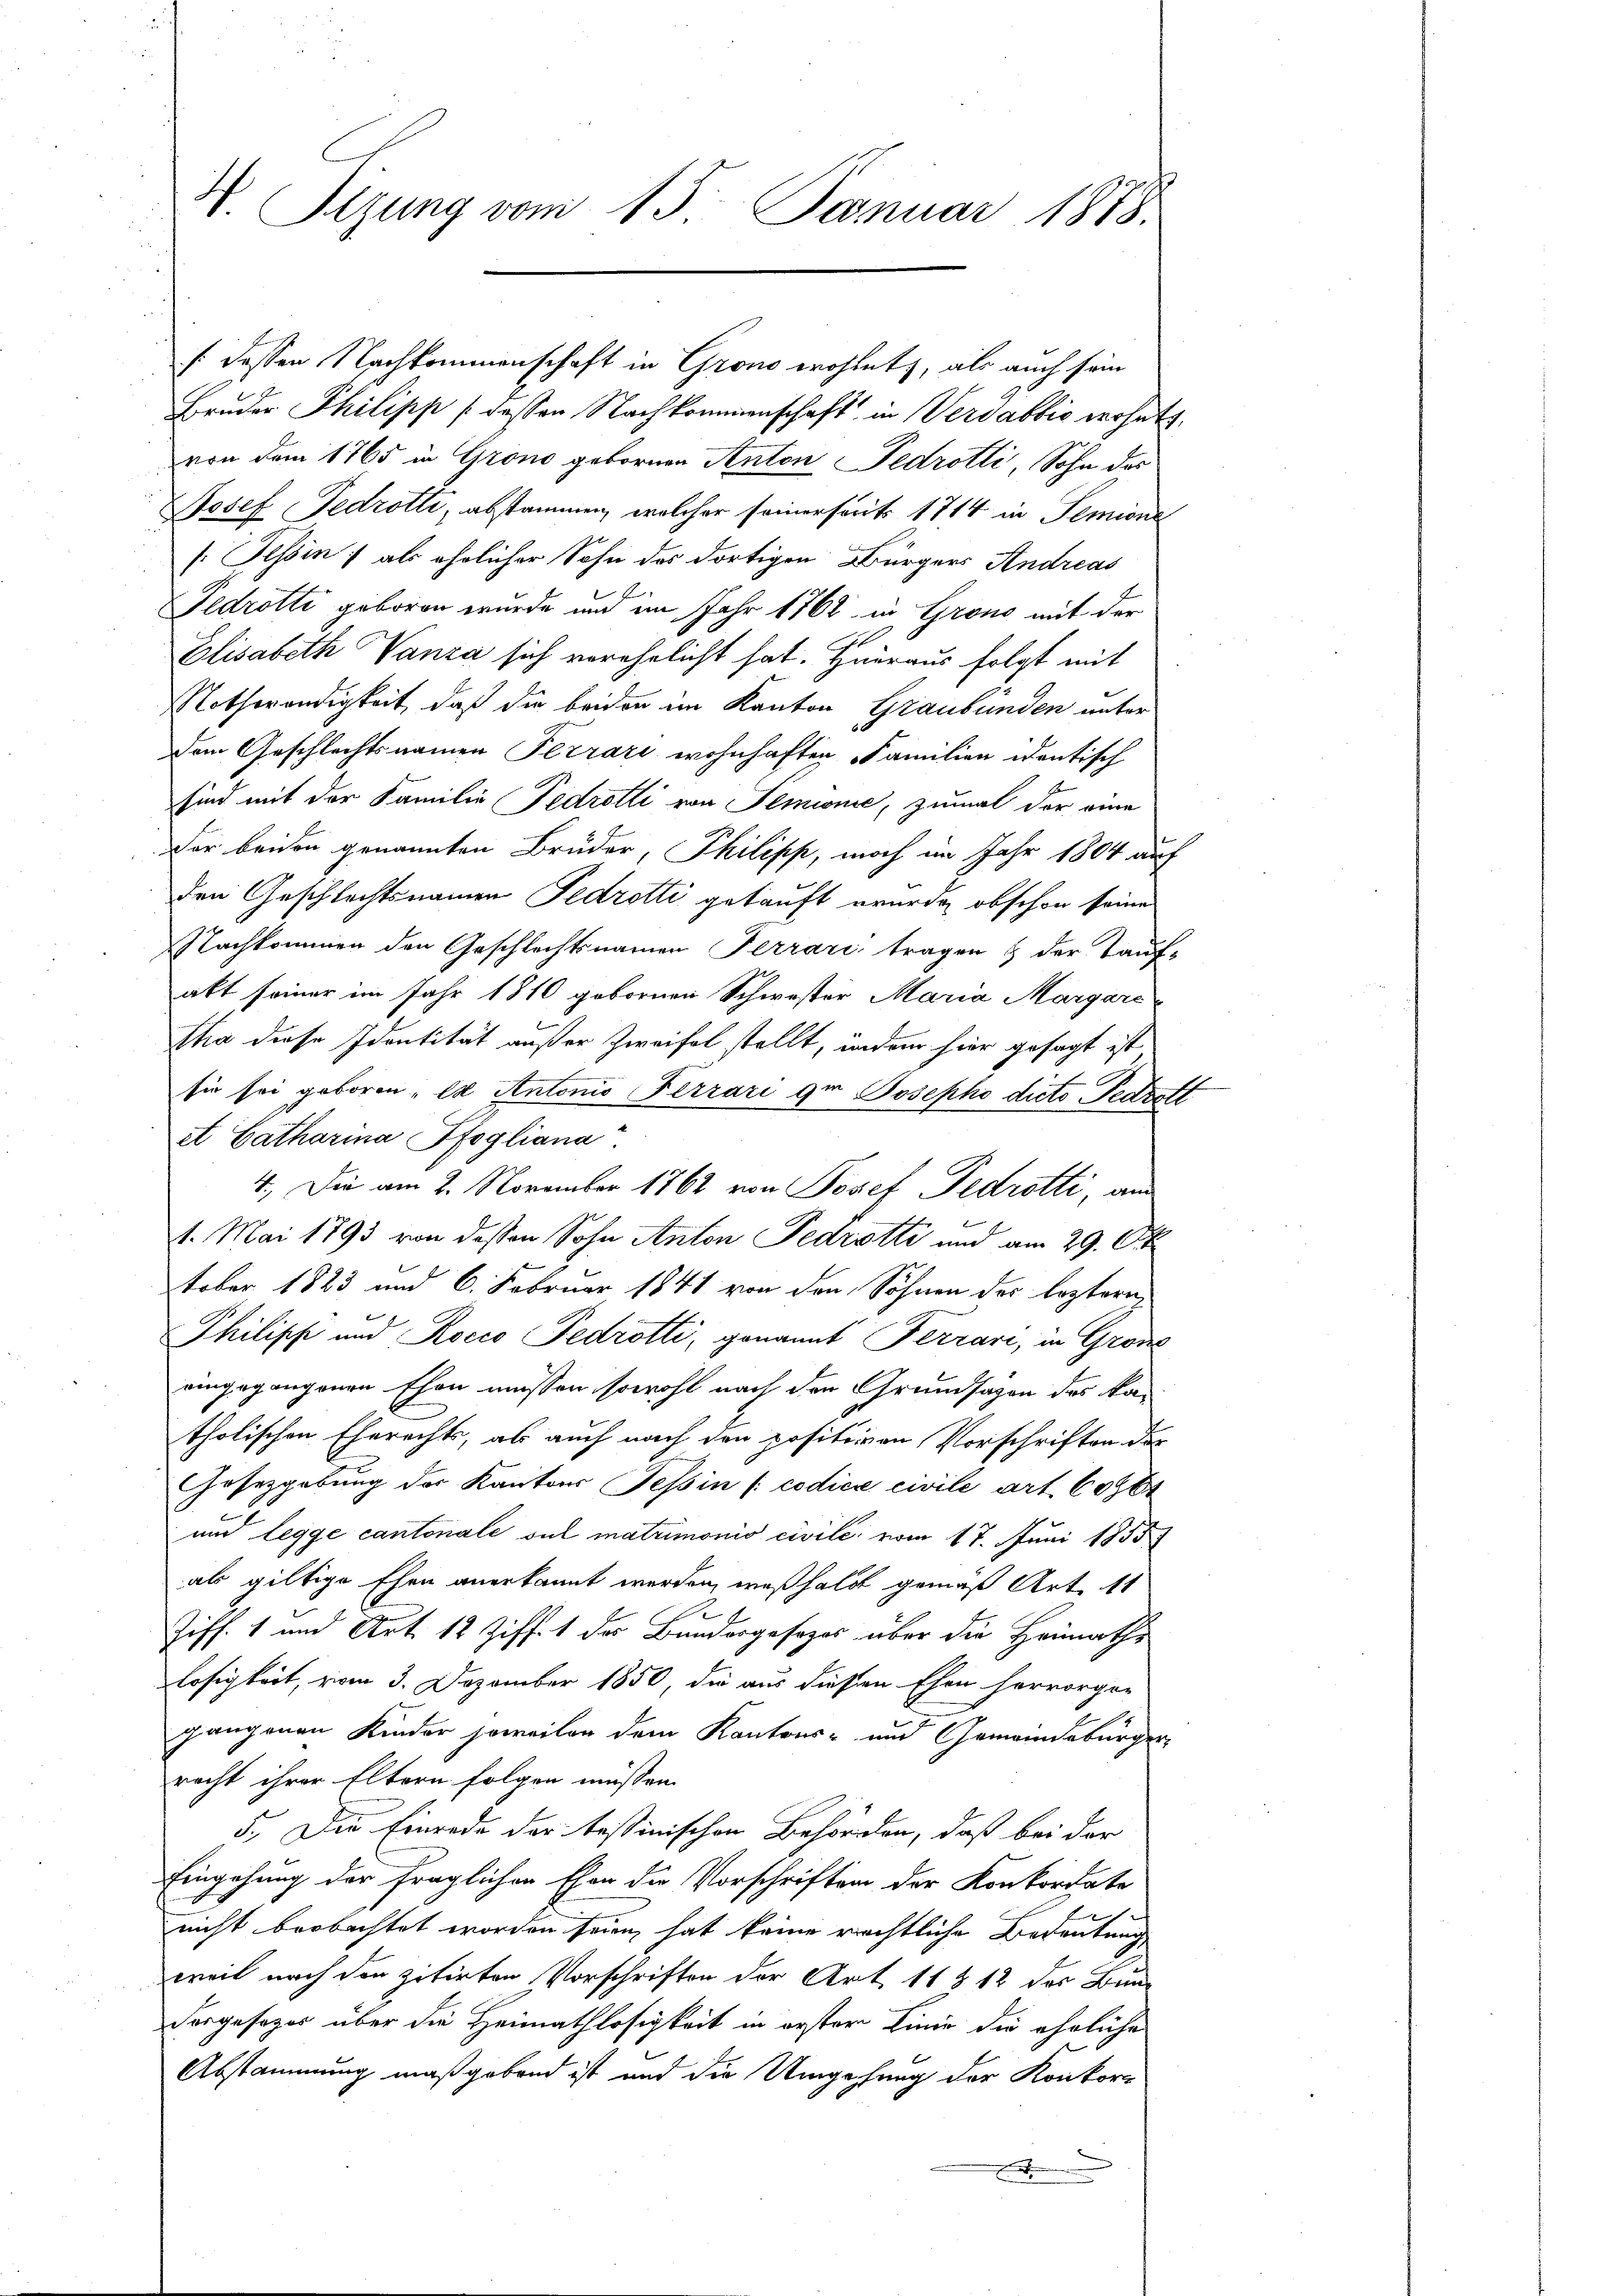
H. Sitzung vom 15. Januar 1878.

Bruder Philipp / dessen Nachkommenschaft in Verdabbić verhatt
von dem 1765 in Grono gebornen Anton Fedrotli, Sohn der
Josef Fedrotti, abstammen, welcher seinerseits 1714 in Semina
[Tessin; als ähnlicher Sohn des dortigen Bürgers Andreas
Fedrotti geboren wurde und im Jahr 1762 in Grono mit der
Elisabeth Vanza sich verehelicht hat. Hieraus folgt mit
Nothwendigkeit, daß die beiden im Kanton Graubünden unter
dem Geschlechtsnamen Ferrari wohnhaften Familien identisch
sind mit der Familie Pedrolli von Temionie, zumal der eine
Der beiden genannten Brüder, Philipp, noch im Jahr 1804 auf
den Geschlechtsnamen Fedretti gekauft wurde, obschon seine
Nachkommen den Geschlechtsnamen Terrari tragen & der Tauf-
abt seiner im Jahr 1810 gebornen Schwester Maria Margare
Tha diese Identität außer Zweifel stellt, indem hier gesagt ist
sie sei geborenes Antonis Ferrari der Josephi dicto Pedrett
et Catharina Pfogliana
4.) Die am 2. November 1862 von Josef Fedrotti, am
1. Mai 1793 von dessen Sohn Anton Pedrotti und am 29. Okt
tober 1823 und 6. Februar 1841 von den Söhnen des leztern
Philipp und Rocco Fedrotti, genannt Ferrari, in Grone
eingegangenen Ehen müssen sowohl nach den Grundsazen des ka-
tholischen Eherechts, als auch nach den positiven Vorschriften des
Gesetzgebung der Kantons Tessin (codice civile art. 60964
und legge cantonale sul matrimonio civile vom 17. Juni 1855
als giltige Ehen anerkannt werden, weßhalb gemäß Art. 11
Ziff. 1 und Art. 12 Ziff. 1 des Bundergesezes über die Heimaths
losigkeit, vom 3. Dezember 1850, die aus diesen Ehen hervorgen
gangenen Kinder soweiten dem Kantons- und Gemeindebürger,
recht ihrer Eltern folgen müssen.
5.) Die Einrede der testinischen Behörden, daß bei der
Eingehung der fraglichen Ehen die Vorschriften der Konkordate
nicht beobachtet worden seien, hat keine rechtliche Bedeutung
weil nach den zitirten Vorschriften der Art. 11 & 12 des Bun-
dargesezes über die Heimathlosigkeit in erster Linie die eheliche
Abstammung maßgebend ist und die Umgehung der Konkor¬

/: dessen Nachkommenschaft in Grono wohlet, als auch sein